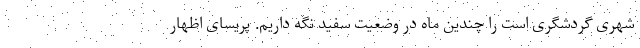
شهری گردشگری است را چندین ماه در وضعیت سفید نگه داریم. پریسای اظهار